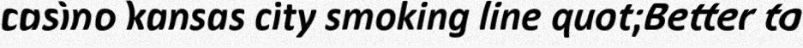
casino kansas city smoking line quot;Better to